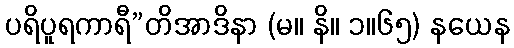
ပရိပူရကာရီ”တိအာဒိနာ (မ။ နိ။ ၁။၆၅) နယေန